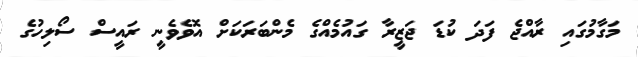
މަގާމުގައި ރާއްޖެ ފަދަ ކުޑަ ޖަޒީރާ ގައުމެއްގެ މެންބަރަކަށް އޮވެވެނީ ރައީސް ސޯލިހުގެ